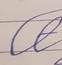
Signature authenticity: forged